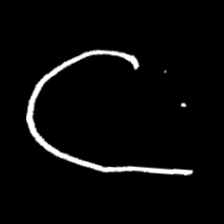
Pyu character \u2014 Myanmar letter: ဋ (romanized: tta)